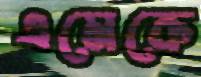
এমেকে